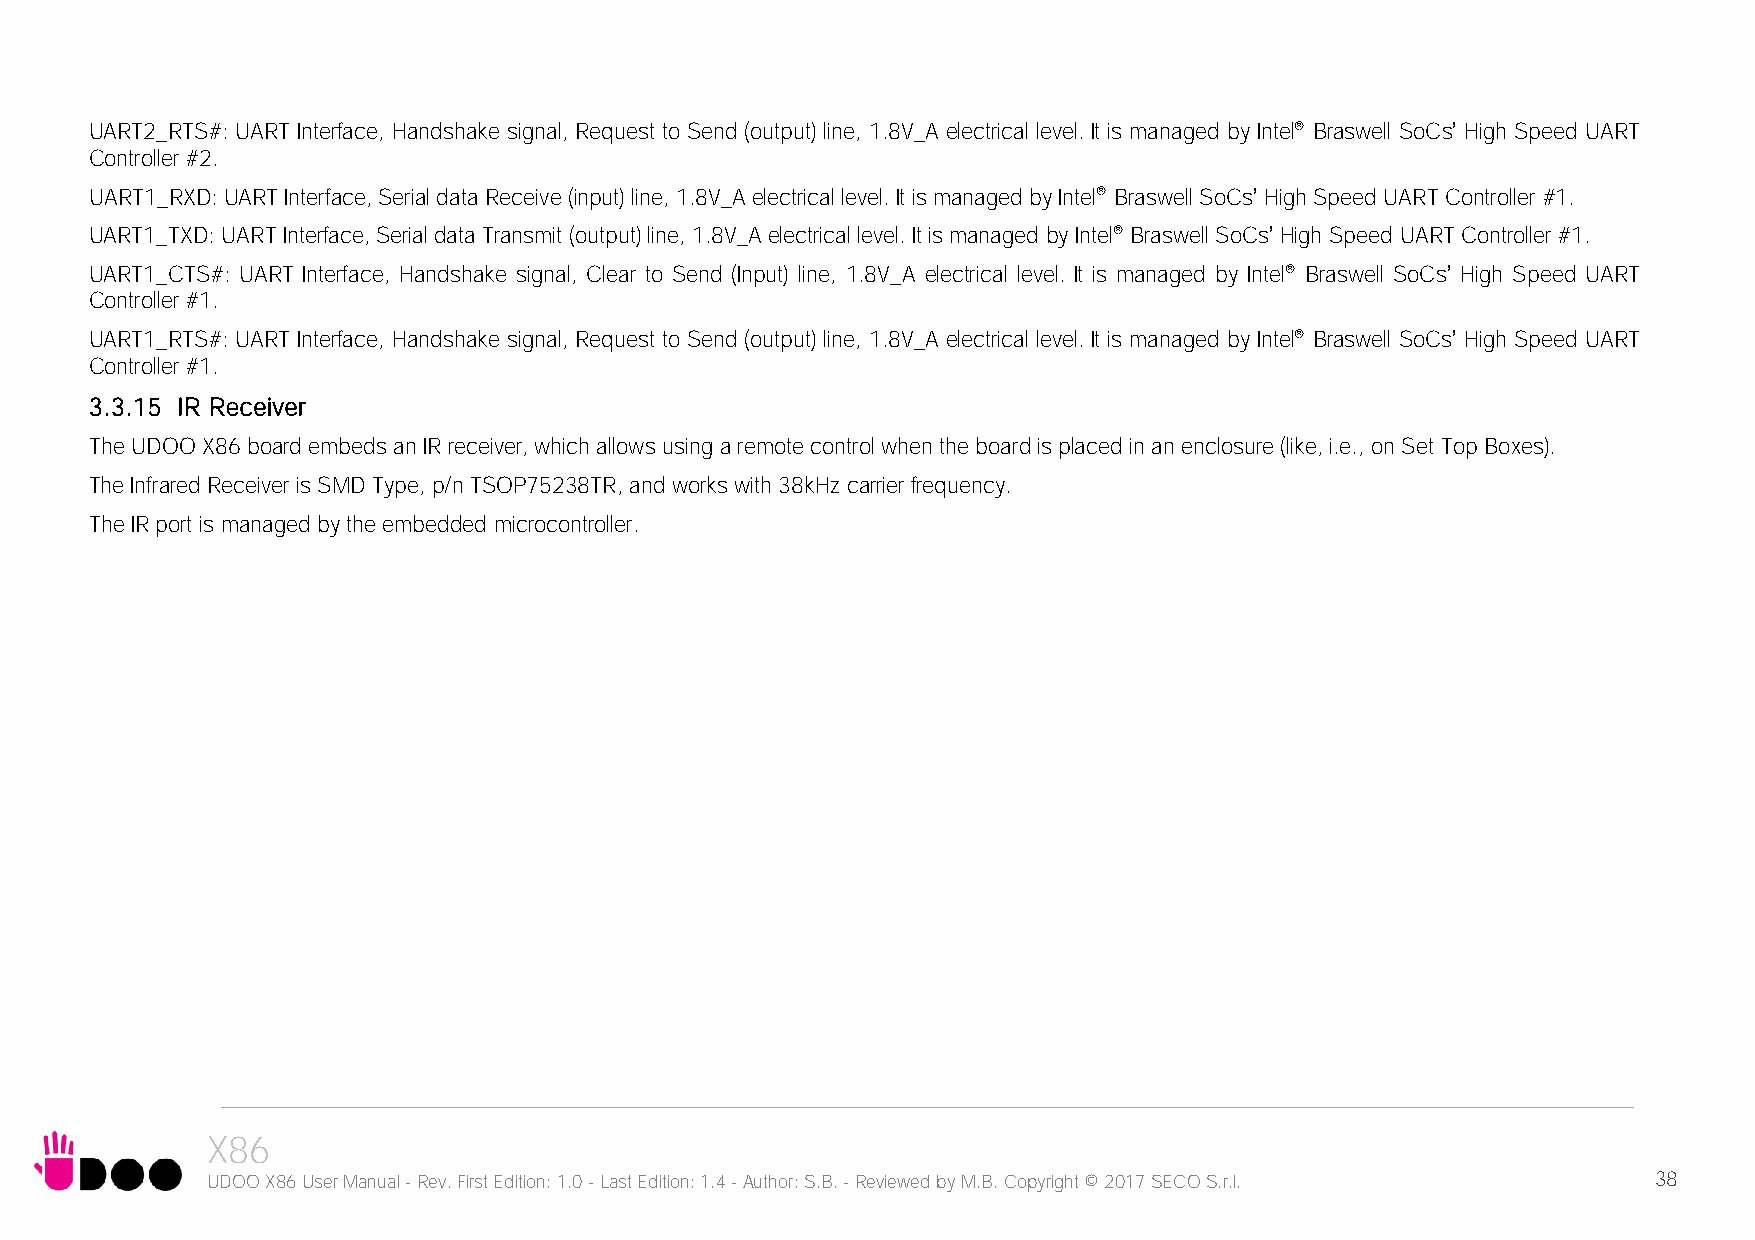
UART2_RTS#: UART Interface, Handshake signal, Request to Send (output) line, 1.8V_A electrical level. It is managed by Intel® Braswell SoCs’ High Speed UART
 Controller #2.
 UART1_RXD: UART Interface, Serial data Receive (input) line, 1.8V_A electrical level. It is managed by Intel® Braswell SoCs’ High Speed UART Controller #1.
 UART1_TXD: UART Interface, Serial data Transmit (output) line, 1.8V_A electrical level. It is managed by Intel® Braswell SoCs’ High Speed UART Controller #1.
 UART1_CTS#: UART Interface, Handshake signal, Clear to Send (Input) line, 1.8V_A electrical level. It is managed by Intel® Braswell SoCs’ High Speed UART
 Controller #1.
 UART1_RTS#: UART Interface, Handshake signal, Request to Send (output) line, 1.8V_A electrical level. It is managed by Intel® Braswell SoCs’ High Speed UART
 Controller #1.
 3.3.15 IR Receiver
 The UDOO X86 board embeds an IR receiver, which allows using a remote control when the board is placed in an enclosure (like, i.e., on Set Top Boxes).
 The Infrared Receiver is SMD Type, p/n TSOP75238TR, and works with 38kHz carrier frequency.
 The IR port is managed by the embedded microcontroller.
 X86
 UDOO X86 User Manual - Rev. First Edition: 1.0 - Last Edition: 1.4 - Author: S.B. - Reviewed by M.B. Copyright © 2017 SECO S.r.l. 38